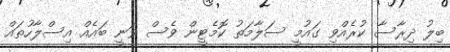
ބިލު ދިރާސާ ކުރެއްވި ގައުމީ ސަލާމަތު ކޮމެޓީން ވެސް ވަނީ ބައެއް އިސްލާހުތައް